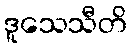
ဒူသေသီတိ